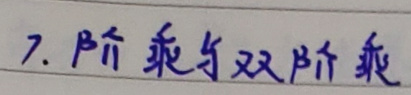
7. 阶乘与双阶乘